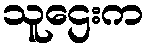
သူဌေးက